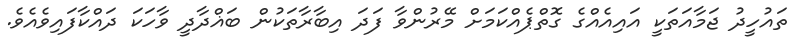
ތައުހީދު ޖަމާއަތަކީ އައިއެއްގެ ގޮތްޕެއްކަމަށް މޭރުންވާ ފަދަ އިބާރާތަކުން ބަޣްދާދީ ވާހަކަ ދައްކާފައިވެއެވެ.